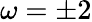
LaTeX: \omega=\pm 2